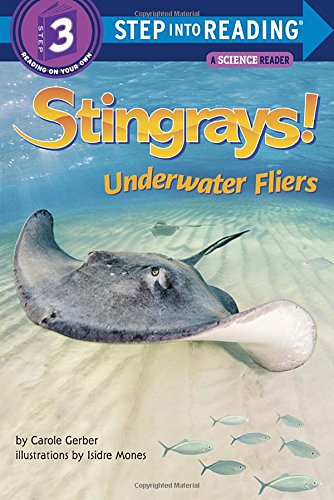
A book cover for Stingrays! Underwater Fliers (Step into Reading); Carole Gerber; Children's Books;